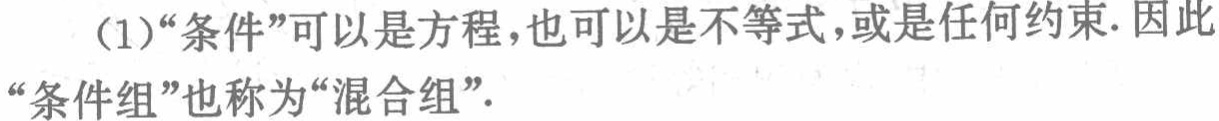
（1）“条件”可以是方程，也可以是不等式，或是任何约束. 因此“条件组”也称为“混合组”.